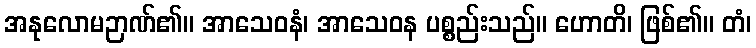
အနုလောမဉာဏ်၏။ အာသေဝနံ၊ အာသေဝန ပစ္စည်းသည်။ ဟောတိ၊ ဖြစ်၏။ တံ၊